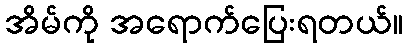
အိမ်ကို အရောက်ပြေးရတယ်။